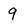
Character: 9